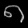
Digit: ၈